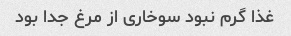
غذا گرم نبود سوخاری از مرغ جدا بود